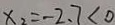
x _ { 2 } = - 2 . 7 < 0